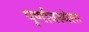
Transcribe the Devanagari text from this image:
पूर्णावस्थेला